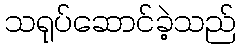
သရုပ်ဆောင်ခဲ့သည်